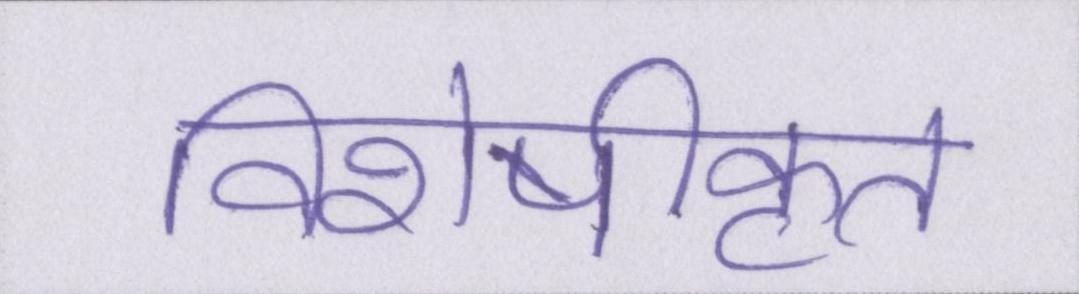
विशेषीकृत